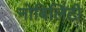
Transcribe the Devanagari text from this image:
नोबिलिटी